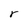
Character: r